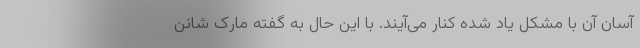
آسان آن با مشکل یاد شده کنار می‌آیند. با این حال به گفته مارک شانن